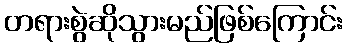
တရားစွဲဆိုသွားမည်ဖြစ်ကြောင်း